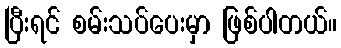
ပြီးရင် စမ်းသပ်ပေးမှာ ဖြစ်ပါတယ်။